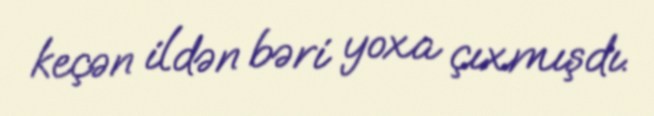
keçən ildən bəri yoxa çıxmışdı.